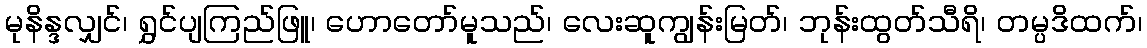
မုနိန္ဒလျှင်၊ ရွှင်ပျကြည်ဖြူ၊ ဟောတော်မူသည်၊ လေးဆူကျွန်းမြတ်၊ ဘုန်းထွတ်သီရိ၊ တမ္ပဒိထက်၊